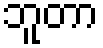
ဘူတာ